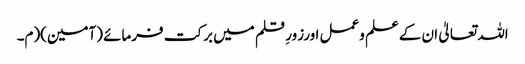
اللہ تعالیٰ ان کےعلم وعمل اورزورِ قلم میں برکت فرمائے (آمین)(م۔